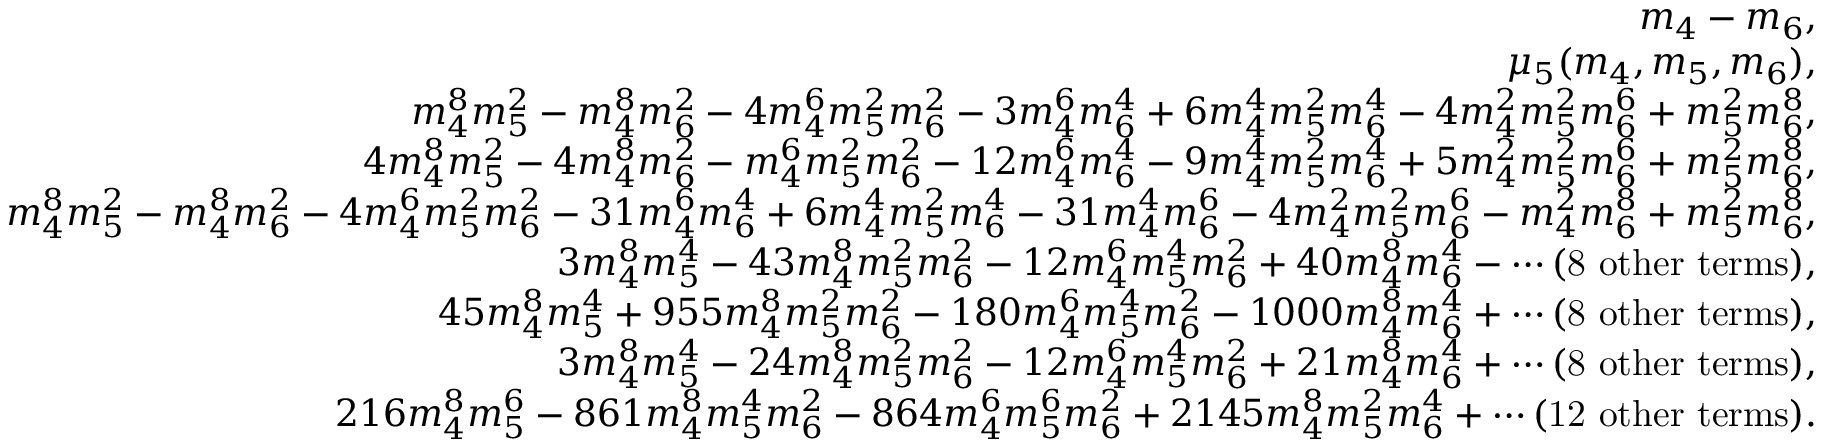
\begin{array} { r l r } & { } & { m _ { 4 } - m _ { 6 } , } \\ & { } & { \mu _ { 5 } ( m _ { 4 } , m _ { 5 } , m _ { 6 } ) , } \\ & { } & { m _ { 4 } ^ { 8 } m _ { 5 } ^ { 2 } - m _ { 4 } ^ { 8 } m _ { 6 } ^ { 2 } - 4 m _ { 4 } ^ { 6 } m _ { 5 } ^ { 2 } m _ { 6 } ^ { 2 } - 3 m _ { 4 } ^ { 6 } m _ { 6 } ^ { 4 } + 6 m _ { 4 } ^ { 4 } m _ { 5 } ^ { 2 } m _ { 6 } ^ { 4 } - 4 m _ { 4 } ^ { 2 } m _ { 5 } ^ { 2 } m _ { 6 } ^ { 6 } + m _ { 5 } ^ { 2 } m _ { 6 } ^ { 8 } , } \\ & { } & { 4 m _ { 4 } ^ { 8 } m _ { 5 } ^ { 2 } - 4 m _ { 4 } ^ { 8 } m _ { 6 } ^ { 2 } - m _ { 4 } ^ { 6 } m _ { 5 } ^ { 2 } m _ { 6 } ^ { 2 } - 1 2 m _ { 4 } ^ { 6 } m _ { 6 } ^ { 4 } - 9 m _ { 4 } ^ { 4 } m _ { 5 } ^ { 2 } m _ { 6 } ^ { 4 } + 5 m _ { 4 } ^ { 2 } m _ { 5 } ^ { 2 } m _ { 6 } ^ { 6 } + m _ { 5 } ^ { 2 } m _ { 6 } ^ { 8 } , } \\ & { } & { m _ { 4 } ^ { 8 } m _ { 5 } ^ { 2 } - m _ { 4 } ^ { 8 } m _ { 6 } ^ { 2 } - 4 m _ { 4 } ^ { 6 } m _ { 5 } ^ { 2 } m _ { 6 } ^ { 2 } - 3 1 m _ { 4 } ^ { 6 } m _ { 6 } ^ { 4 } + 6 m _ { 4 } ^ { 4 } m _ { 5 } ^ { 2 } m _ { 6 } ^ { 4 } - 3 1 m _ { 4 } ^ { 4 } m _ { 6 } ^ { 6 } - 4 m _ { 4 } ^ { 2 } m _ { 5 } ^ { 2 } m _ { 6 } ^ { 6 } - m _ { 4 } ^ { 2 } m _ { 6 } ^ { 8 } + m _ { 5 } ^ { 2 } m _ { 6 } ^ { 8 } , } \\ & { } & { 3 m _ { 4 } ^ { 8 } m _ { 5 } ^ { 4 } - 4 3 m _ { 4 } ^ { 8 } m _ { 5 } ^ { 2 } m _ { 6 } ^ { 2 } - 1 2 m _ { 4 } ^ { 6 } m _ { 5 } ^ { 4 } m _ { 6 } ^ { 2 } + 4 0 m _ { 4 } ^ { 8 } m _ { 6 } ^ { 4 } - \cdots \mathrm { ( 8 ~ o t h e r ~ t e r m s ) } , } \\ & { } & { 4 5 m _ { 4 } ^ { 8 } m _ { 5 } ^ { 4 } + 9 5 5 m _ { 4 } ^ { 8 } m _ { 5 } ^ { 2 } m _ { 6 } ^ { 2 } - 1 8 0 m _ { 4 } ^ { 6 } m _ { 5 } ^ { 4 } m _ { 6 } ^ { 2 } - 1 0 0 0 m _ { 4 } ^ { 8 } m _ { 6 } ^ { 4 } + \cdots \mathrm { ( 8 ~ o t h e r ~ t e r m s ) } , } \\ & { } & { 3 m _ { 4 } ^ { 8 } m _ { 5 } ^ { 4 } - 2 4 m _ { 4 } ^ { 8 } m _ { 5 } ^ { 2 } m _ { 6 } ^ { 2 } - 1 2 m _ { 4 } ^ { 6 } m _ { 5 } ^ { 4 } m _ { 6 } ^ { 2 } + 2 1 m _ { 4 } ^ { 8 } m _ { 6 } ^ { 4 } + \cdots \mathrm { ( 8 ~ o t h e r ~ t e r m s ) } , } \\ & { } & { 2 1 6 m _ { 4 } ^ { 8 } m _ { 5 } ^ { 6 } - 8 6 1 m _ { 4 } ^ { 8 } m _ { 5 } ^ { 4 } m _ { 6 } ^ { 2 } - 8 6 4 m _ { 4 } ^ { 6 } m _ { 5 } ^ { 6 } m _ { 6 } ^ { 2 } + 2 1 4 5 m _ { 4 } ^ { 8 } m _ { 5 } ^ { 2 } m _ { 6 } ^ { 4 } + \cdots \mathrm { ( 1 2 ~ o t h e r ~ t e r m s ) } . } \end{array}